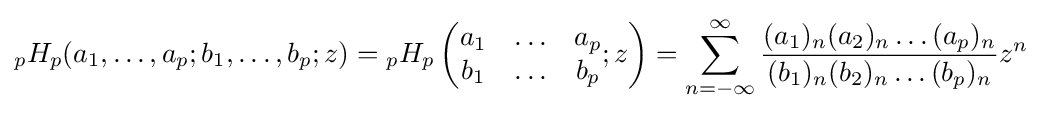
{}_{p}H_{p}(a_{1},\ldots ,a_{p};b_{1},\ldots ,b_{p};z)={}_{p}H_{p}\left({\begin{matrix}a_{1}&\ldots &a_{p}\\b_{1}&\ldots &b_{p}\\\end{matrix}};z\right)=\sum _{n=-\infty }^{\infty }{\frac {(a_{1})_{n}(a_{2})_{n}\ldots (a_{p})_{n}}{(b_{1})_{n}(b_{2})_{n}\ldots (b_{p})_{n}}}z^{n}